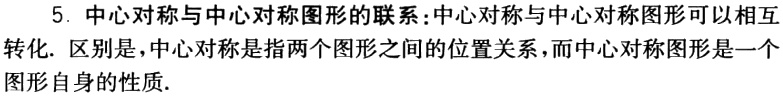
5. 中心对称与中心对称图形的联系：中心对称与中心对称图形可以相互

转化. 区别是，中心对称是指两个图形之间的位置关系，而中心对称图形是一个

图形自身的性质.